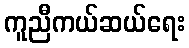
ကူညီကယ်ဆယ်ရေး